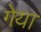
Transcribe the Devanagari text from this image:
गेया